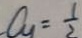
a _ { 1 } = \frac { 1 } { 2 }